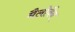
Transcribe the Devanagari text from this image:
मैलोवैन